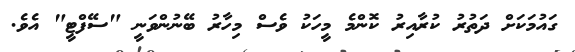
ގައުމަކަށް ދަތުރު ކުރާއިރު ކޮންމެ މީހަކު ވެސް މިހާރު ބޭނުންވަނީ "ސޭފްޓީ" އެވެ.